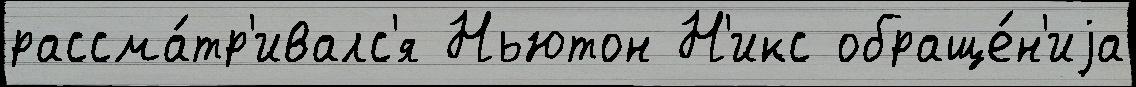
рассма́тр'ивалс'я Ньютон Н'икс обраще́н'иjа